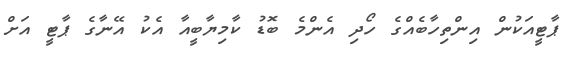
ޕާޓީއަކުން އިންތިހާބެއްގެ ހޯދި އެންމެ ބޮޑު ކާމިޔާބީއާ އެކު އޭނާގެ ޕާޓީ އަށް